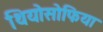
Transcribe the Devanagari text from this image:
थियोसोफिया